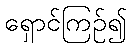
ရှောင်ကြဉ်၍